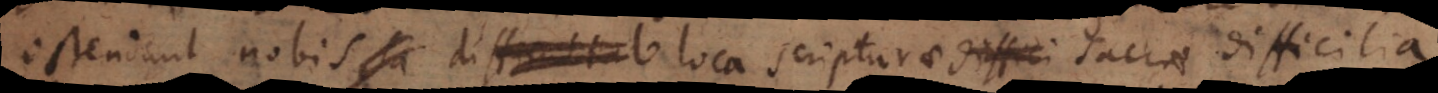
ostendunt nobis sa difficultate loca scripturae diffici sacrae difficilia,